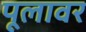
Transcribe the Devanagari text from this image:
पूलावर